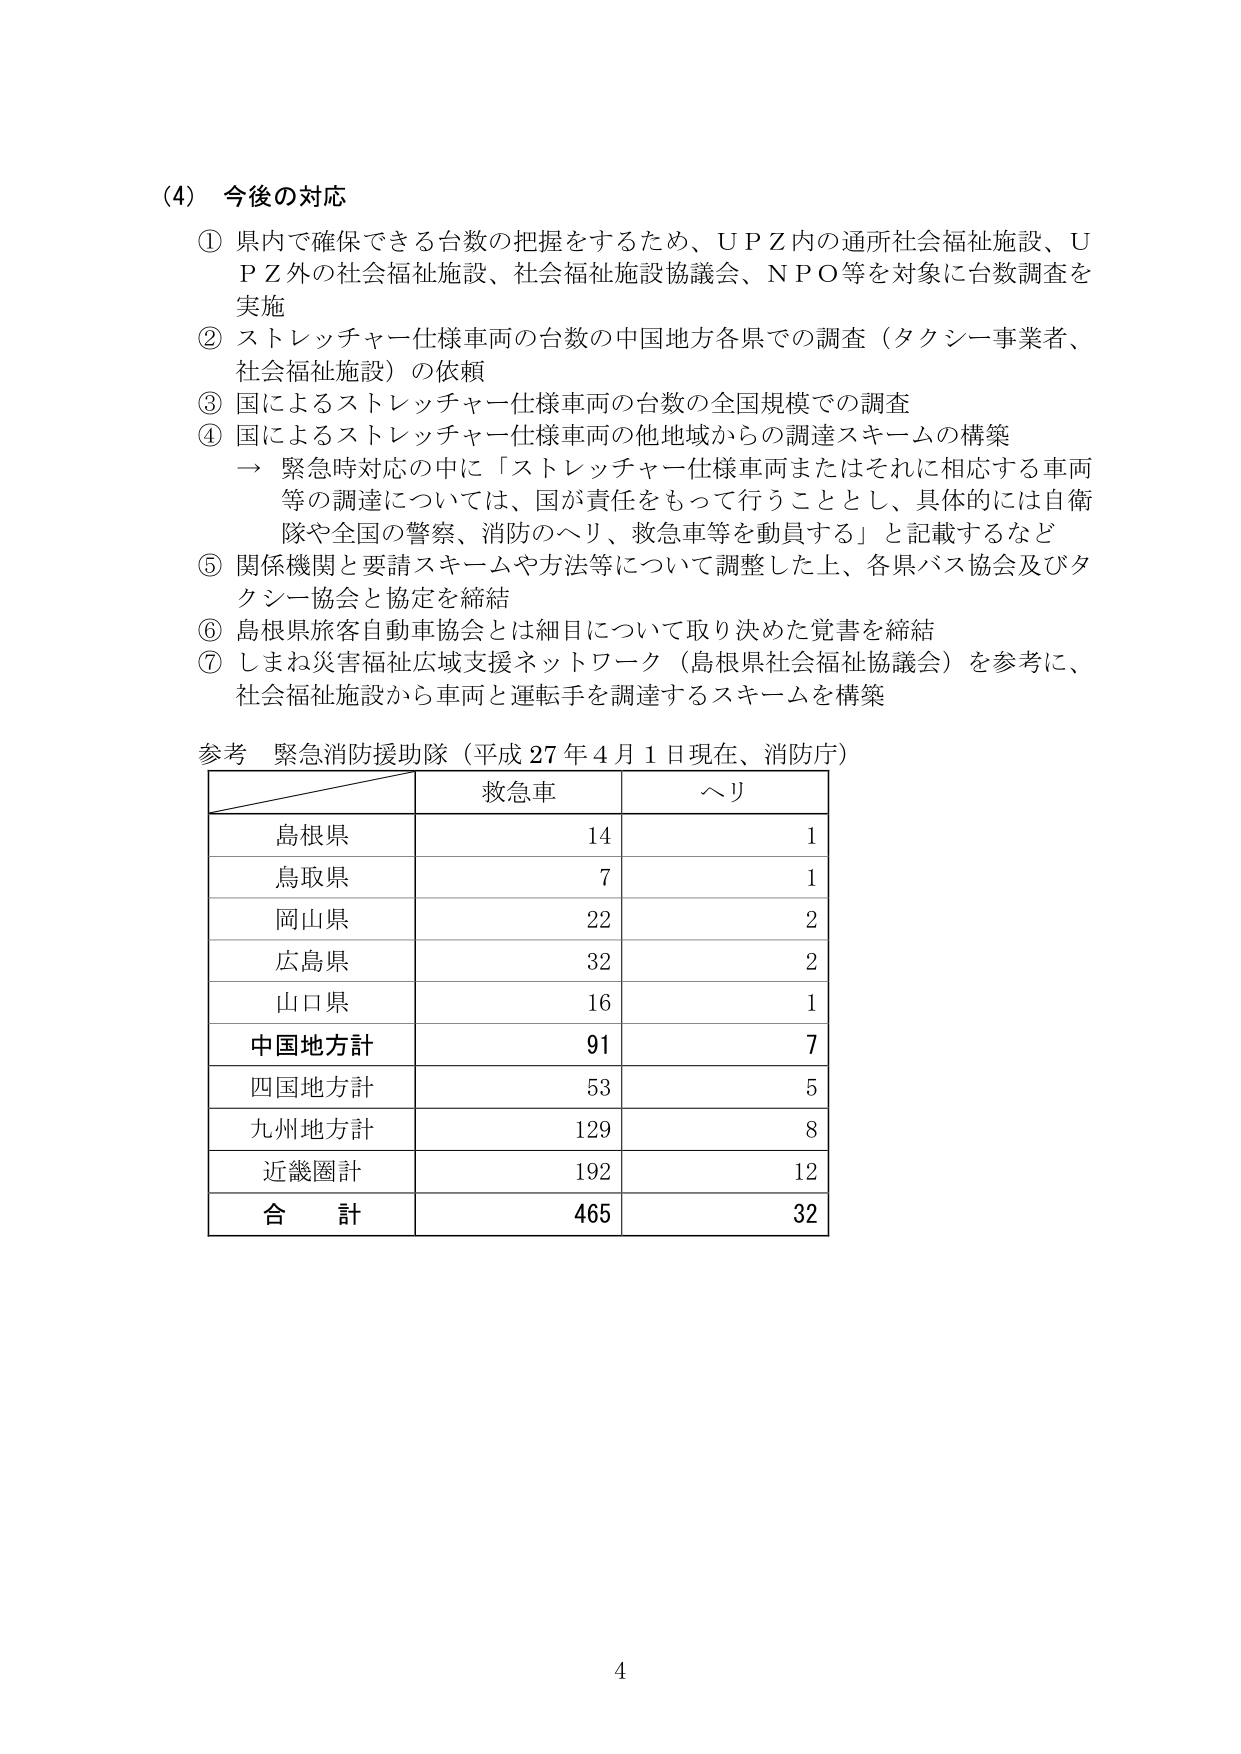
(4) 今後の対応
① 県内で確保できる台数の把握をするため、ＵＰＺ内の通所社会福祉施設、ＵＰＺ外の社会福祉施設、社会福祉施設協議会、ＮＰＯ等を対象に台数調査を実施
② ストレッチャー仕様車両の台数の中国地方各県での調査（タクシー事業者、社会福祉施設）の依頼
③ 国によるストレッチャー仕様車両の台数の全国規模での調査
④ 国によるストレッチャー仕様車両の他地域からの調達スキームの構築
→ 緊急時対応の中に「ストレッチャー仕様車両またはそれに相応する車両等の調達については、国が責任をもって行うこととし、具体的には自衛隊や全国の警察、消防のヘリ、救急車等を動員する」と記載するなど
⑤ 関係機関と要請スキームや方法等について調整した上、各県バス協会及びタクシー協会と協定を締結
⑥ 島根県旅客自動車協会とは細目について取り決めた覚書を締結
⑦ しまね災害福祉広域支援ネットワーク（島根県社会福祉協議会）を参考に、社会福祉施設から車両と運転手を調達するスキームを構築

参考 緊急消防援助隊（平成27年4月1日現在、消防庁）

救急車　ヘリ
島根県　14　1
鳥取県　7　1
岡山県　22　2
広島県　32　2
山口県　16　1
中国地方計　91　7
四国地方計　53　5
九州地方計　129　8
近畿圏計　192　12
合計　465　32

4